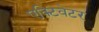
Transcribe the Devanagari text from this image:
एक्टिवेटर